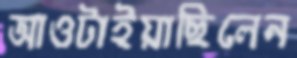
আওটাইয়াছিলেন